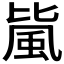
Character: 𱂼